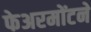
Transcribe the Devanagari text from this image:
फेअरमोंटने